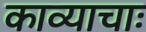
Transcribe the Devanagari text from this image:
काव्याचाः